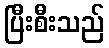
ပြီးစီးသည်